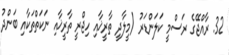
32. ރާއްޖޭގެ ރަސްމީ ކަލަންޑަރު (މީލާދީ ތާރީޚާއި ހިޖްރީ ތާރީޚާއި ނަކަތްތަކާއި ބަންދު